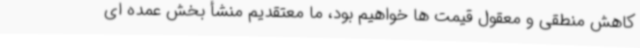
کاهش منطقی و معقول قیمت ها خواهیم بود، ما معتقدیم منشأ بخش عمده ای